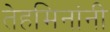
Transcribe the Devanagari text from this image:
तेहमिनांनी